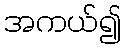
အကယ်၍